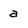
Character: a